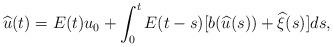
LaTeX: \begin{align*}\widehat{u}(t)=E(t)u_0+\int_0^t E(t-s)[b(\widehat{u}(s))+\widehat{\xi}(s)]ds,\end{align*}